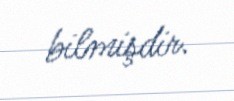
bilmişdir.